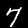
Label: 7